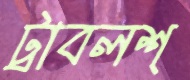
ট্রাবলশ্